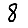
Digit: 8